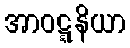
အာဝဋ္ဋနိယာ